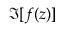
\Im [ f ( z ) ]